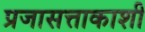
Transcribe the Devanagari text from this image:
प्रजासत्ताकाशी